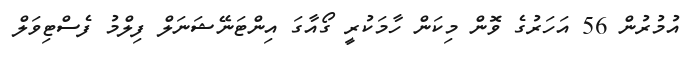
އުމުރުން 56 އަހަރުގެ ވޮން މިކަން ހާމަކުރީ ގޯއާގަ އިންޓަނޭޝަނަލް ފިލްމު ފެސްޓިވަލް